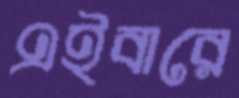
এইবারে